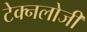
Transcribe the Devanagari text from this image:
टेक्नलोजी